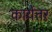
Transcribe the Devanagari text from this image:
कार्येत्तर